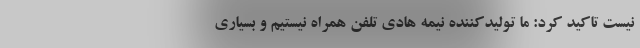
نیست تاکید کرد: ما تولیدکننده نیمه هادی تلفن همراه نیستیم و بسیاری